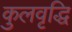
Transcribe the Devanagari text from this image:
कुलवृद्धि